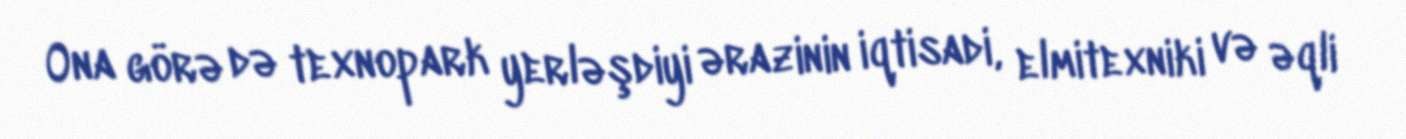
Ona görə də texnopark yerləşdiyi ərazinin iqtisadi, elmitexniki və əqli